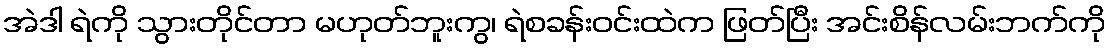
အဲဒါ ရဲကို သွားတိုင်တာ မဟုတ်ဘူးကွ၊ ရဲစခန်းဝင်းထဲက ဖြတ်ပြီး အင်းစိန်လမ်းဘက်ကို